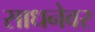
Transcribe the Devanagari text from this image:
साधनेवर